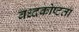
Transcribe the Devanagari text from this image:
बध्दकोष्टता